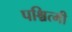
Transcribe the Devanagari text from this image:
पश्चित्मी